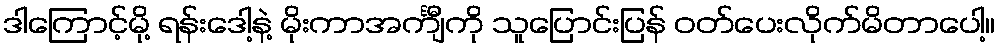
ဒါကြောင့်မို့ ရန်းဒေါ့နဲ့ မိုးကာအင်္ကျီကို သူပြောင်းပြန် ဝတ်ပေးလိုက်မိတာပေါ့။